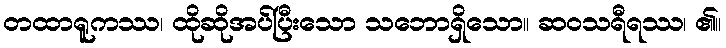
တထာရူကဿ၊ ထိုဆိုအပ်ပြီးသော သဘောရှိသော။ ဆဝသရီရဿ၊ ၏။